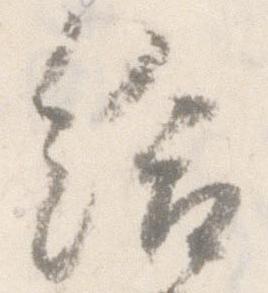
給